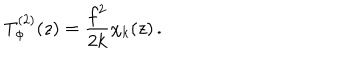
T _ { \Phi } ^ { ( 2 ) } ( z ) = \frac { f ^ { 2 } } { 2 k } \chi _ { k } ( z ) \, .